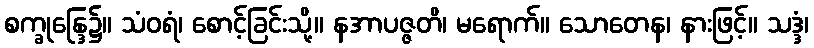
စက္ခုန္ဒြေ၌။ သံဝရံ၊ စောင့်ခြင်းသို့။ နအာပဇ္ဇတိ၊ မရောက်။ သောတေန၊ နားဖြင့်။ သဒ္ဒံ၊